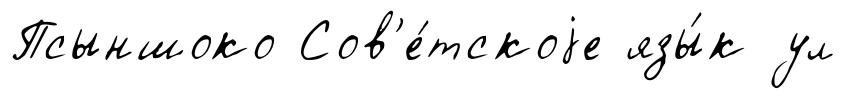
Псыншоко Сов'е́тскоjе язы́к ул